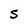
Character: S